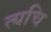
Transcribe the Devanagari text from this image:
त्यचि